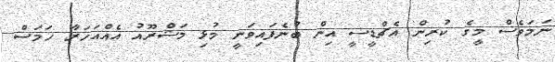
ނަމަވެސް މީގެ ކުރިން އެޗްޑީސީ އިން ބުނެފައިވަނީ މުޅި މަޝްރޫއު އެއްއަހަރާ ހަމަސް